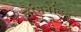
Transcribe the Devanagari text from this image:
लेमिनेटिड